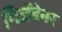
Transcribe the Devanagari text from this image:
गिजेंडेनर